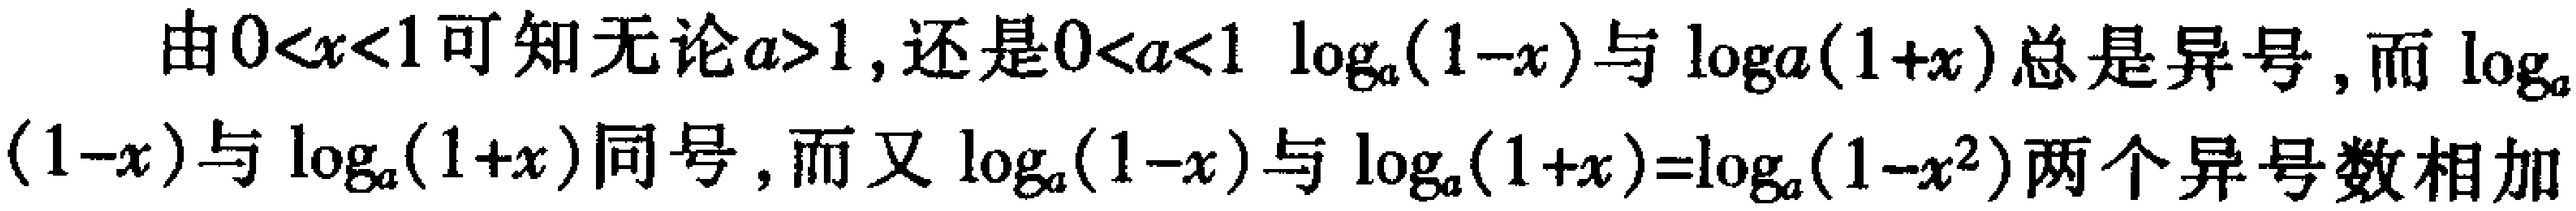
由\(0<x<1\)可知无论\(a>1\)，还是\(0<a<1\) \(\log_a(1 - x)\)与\(\log_a(1 + x)\)总是异号，而\(\log_a(1 - x)\)与\(\log_a(1 + x)\)同号，而又\(\log_a(1 - x)\)与\(\log_a(1 + x)=\log_a(1 - x^2)\)两个异号数相加